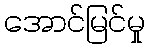
အောင်မြင်မှု